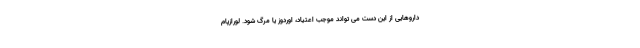
داروهایی از این دست می تواند موجب اعتیاد، اوردوز یا مرگ شود. لورازپام